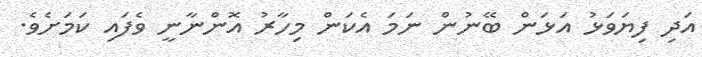
އަދި ފިޔަވަޅު އަޅަން ބޭނުން ނަމަ އެކަން މިހާރު އޮންނާނީ ވެފައި ކަމަށެވެ.